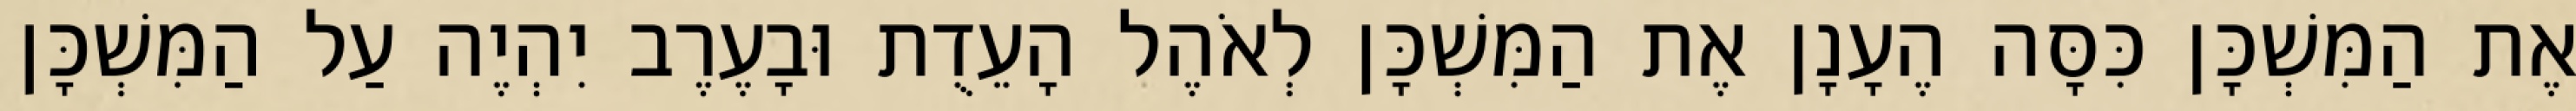
אֶת הַמִּשְׁכָּן כִּסָּה הֶעָנָן אֶת הַמִּשְׁכָּן לְאֹהֶל הָעֵדֻת וּבָעֶרֶב יִהְיֶה עַל הַמִּשְׁכָּן